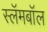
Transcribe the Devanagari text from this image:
स्लॅमबॉल